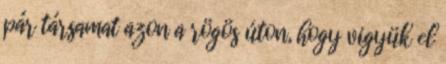
pár társamat azon a rögös úton, hogy vigyük el